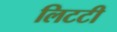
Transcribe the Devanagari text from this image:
लिटटी